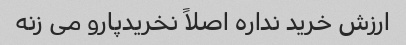
ارزش خرید نداره اصلاً نخریدپارو می زنه